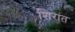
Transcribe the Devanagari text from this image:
शिरांत